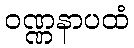
ဝဏ္ဏနာပထံ